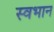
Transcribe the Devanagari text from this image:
स्वभान